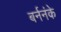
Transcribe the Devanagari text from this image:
बर्ननंके